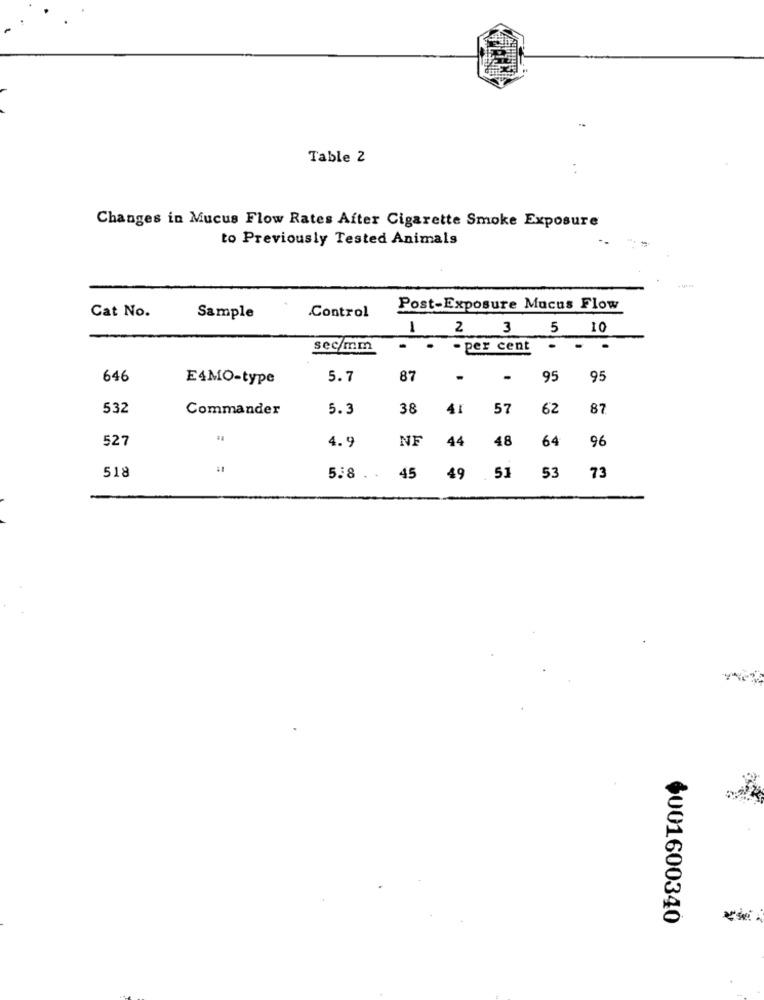
Table 2
..
Changes in Mucus Flow Rates After Cigarette Smoke Exposure
to Previously Tested Animals
Control
Post-Exposure Mucus Flow
Cat No.
Sample
1
2 3
5 10
sec/mm
. per cent
-
646
E4MO-type
5.7
87
.
95
95
532
Commander
5.3
38
41
57
62
87
527
4.9
NF
48
96
44
64
518
45
53
5.8 . .
49
73
$001600340